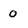
Character: 0